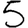
Digit: 5